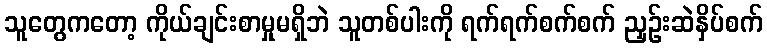
သူတွေကတော့ ကိုယ်ချင်းစာမှုမရှိဘဲ သူတစ်ပါးကို ရက်ရက်စက်စက် ညှဉ်းဆဲနှိပ်စက်